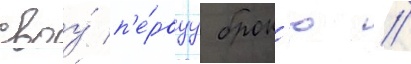
своу́ п'е́рвуу брон'ю //